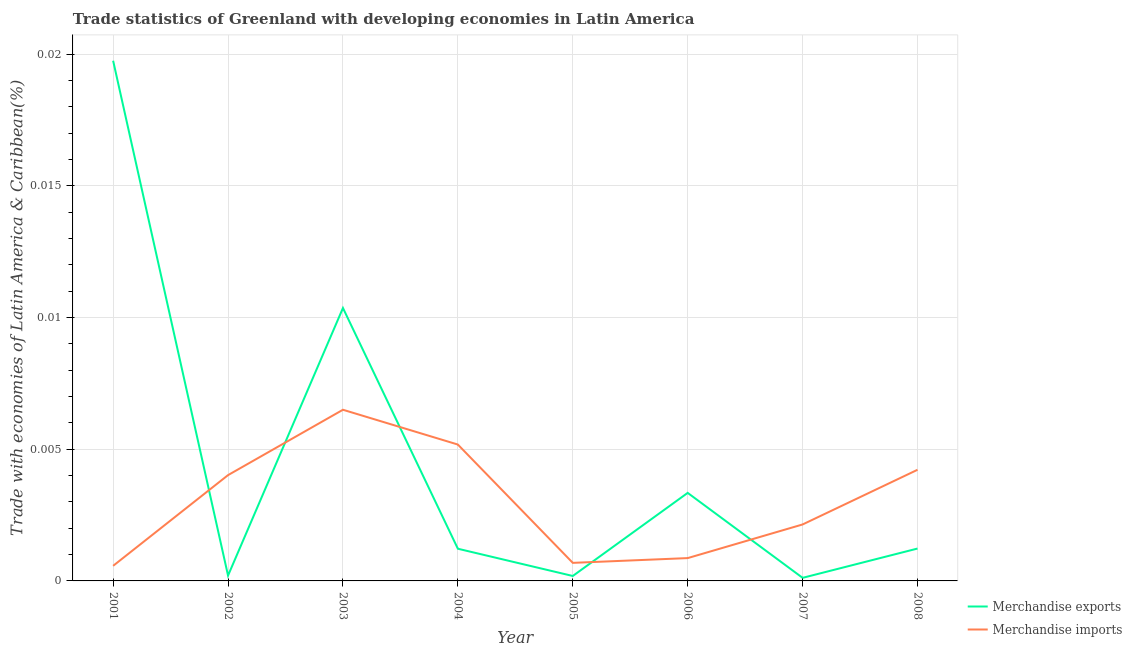
| Year | Merchandise exports | Merchandise imports |
 | --- | --- | --- |
 | 2001 | 0.0197 | 0.000573 |
 | 2002 | 0.000204 | 0.00402 |
 | 2003 | 0.0104 | 0.0065 |
 | 2004 | 0.00122 | 0.00518 |
 | 2005 | 0.000187 | 0.000686 |
 | 2006 | 0.00334 | 0.000867 |
 | 2007 | 0.000117 | 0.00214 |
 | 2008 | 0.00123 | 0.00422 |